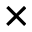
\times